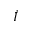
\dot { I }